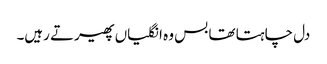
دل چاہتا تھا بس وہ انگلیاں پھیرتے رہیں۔